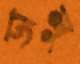
ডালু